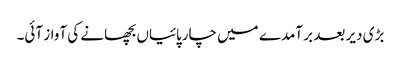
بڑی دیر بعد بر آمدے میں چارپائیاں بچھانے کی آواز آئی۔